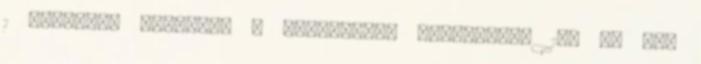
1 Túrmezei Erzsébet 7 Történelmi évfordulók 107 Új évi